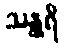
သန္ထရိ